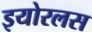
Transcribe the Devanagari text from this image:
इयोरलस